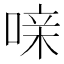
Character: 𰈍